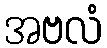
အဗလံ